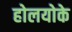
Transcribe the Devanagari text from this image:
होलयोके